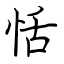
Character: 恬